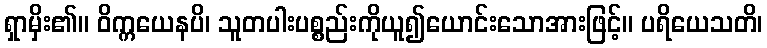
ရှာမှိး၏။ ဝိက္ကယေနပိ၊ သူတပါးပစ္စည်းကိုယူ၍ယောင်းသောအားဖြင့်။ ပရိယေသတိ၊